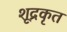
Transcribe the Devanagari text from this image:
शूद्रकृत